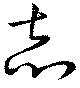
志